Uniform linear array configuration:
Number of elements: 12
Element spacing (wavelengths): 1
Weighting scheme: cosine
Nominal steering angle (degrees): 30
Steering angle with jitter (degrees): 30.662
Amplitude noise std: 0.05
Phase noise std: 0.05

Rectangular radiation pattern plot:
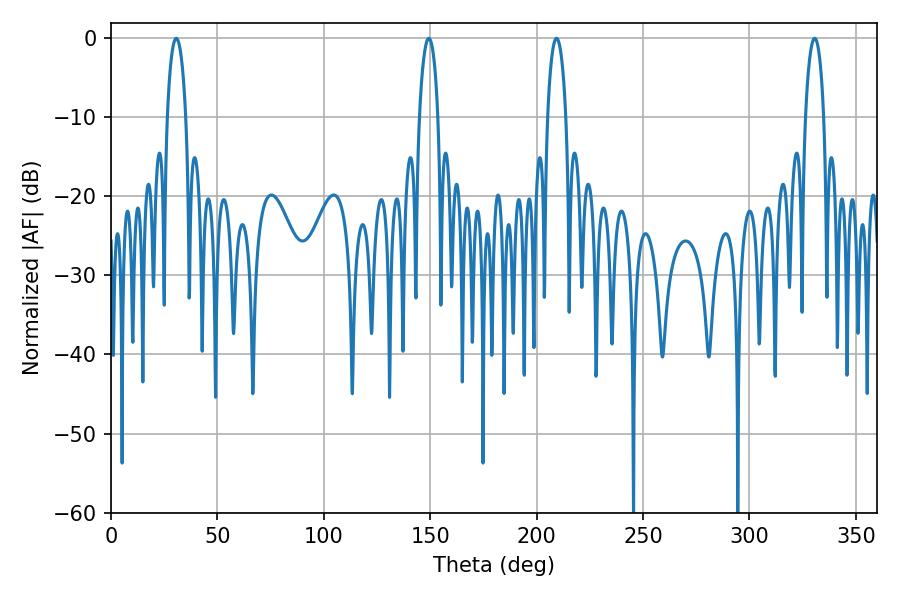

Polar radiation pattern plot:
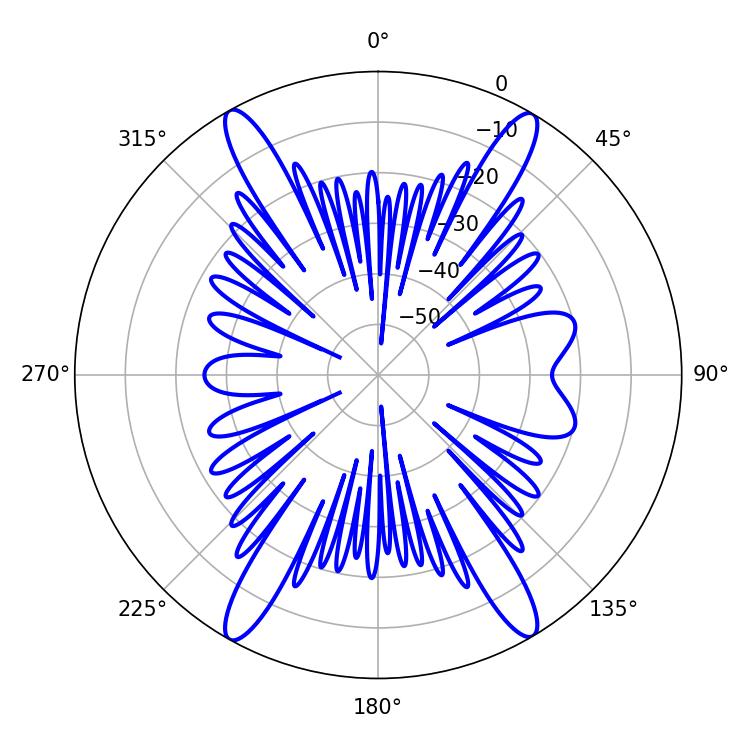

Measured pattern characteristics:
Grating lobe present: TRUE
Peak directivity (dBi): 24.042
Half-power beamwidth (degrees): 4.86
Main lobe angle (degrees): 209.34